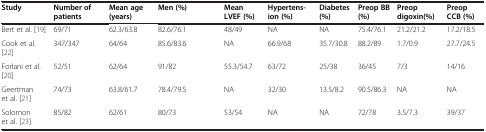
<table><thead><tr><td><b>Study</b></td><td><b>Number of patients</b></td><td><b>Mean age (years)</b></td><td><b>Men (%)</b></td><td><b>Mean LVEF (%)</b></td><td><b>Hypertens-ion (%)</b></td><td><b>Diabetes (%)</b></td><td><b>Preop BB (%)</b></td><td><b>Preop digoxin(%)</b></td><td><b>Preop CCB (%)</b></td></tr></thead><tbody><tr><td>Bert et al. [19]</td><td>69/71</td><td>62.3/63.8</td><td>82.6/76.1</td><td>48/49</td><td>NA</td><td>NA</td><td>75.4/76.1</td><td>21.2/21.2</td><td>17.2/18.5</td></tr><tr><td>Cook et al. [22]</td><td>347/347</td><td>64/64</td><td>85.6/83.6</td><td>NA</td><td>66.9/68</td><td>35.7/30.8</td><td>88.2/89</td><td>1.7/0.9</td><td>27.7/24.5</td></tr><tr><td>Forlani et al. [20]</td><td>52/51</td><td>62/64</td><td>91/82</td><td>55.3/54.7</td><td>63/72</td><td>25/38</td><td>36/45</td><td>7/3</td><td>14/16</td></tr><tr><td>Geertman et al. [21]</td><td>74/73</td><td>63.8/61.7</td><td>78.4/79.5</td><td>NA</td><td>32/30</td><td>13.5/8.2</td><td>90.5/86.3</td><td>NA</td><td>NA</td></tr><tr><td>Solomon et al. [23]</td><td>85/82</td><td>62/61</td><td>80/73</td><td>53/54</td><td>NA</td><td>NA</td><td>72/78</td><td>3.5/7.3</td><td>39/37</td></tr></tbody></table>